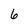
Character: 6